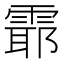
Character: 𲉻